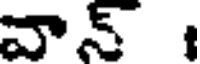
వాన్